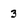
Character: 3